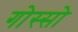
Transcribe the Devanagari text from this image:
गोस्सो